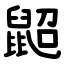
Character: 鼦